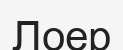
Лоер